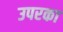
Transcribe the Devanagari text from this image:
उपरका